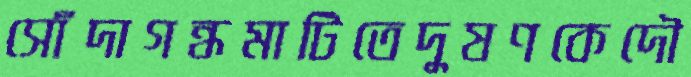
সোঁদাগন্ধমাটিতেদুষণকেদৌ